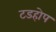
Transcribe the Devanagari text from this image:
टडहोप